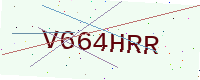
Text: V664HRR